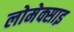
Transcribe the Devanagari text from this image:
लोमेक्साइ